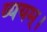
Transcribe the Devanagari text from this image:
व्ययम्।